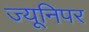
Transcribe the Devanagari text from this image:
ज्यूनिपर